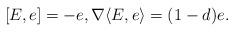
\begin{align*} [E,e]=-e, \nabla\langle E,e\rangle=(1-d)e.\end{align*}